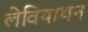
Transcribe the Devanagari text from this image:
लेवियाथन